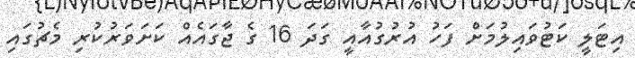
އިޓަލީ ކަޓުވައިލުމަށް ފަހު އުރުގުއާއީ ގަދަ 16 ގެ ޖާގައެއް ކަށަވަރުކުރި މެޗުގައި